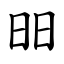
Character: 昍